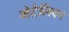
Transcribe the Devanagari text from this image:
मेटैलिका